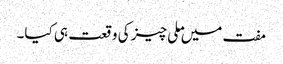
مفت میں ملی چیز کی وقعت ہی کیا۔